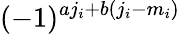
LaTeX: (-1)^{aj_{i}+b(j_{i}-m_{i})}